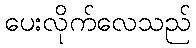
ပေးလိုက်လေသည်